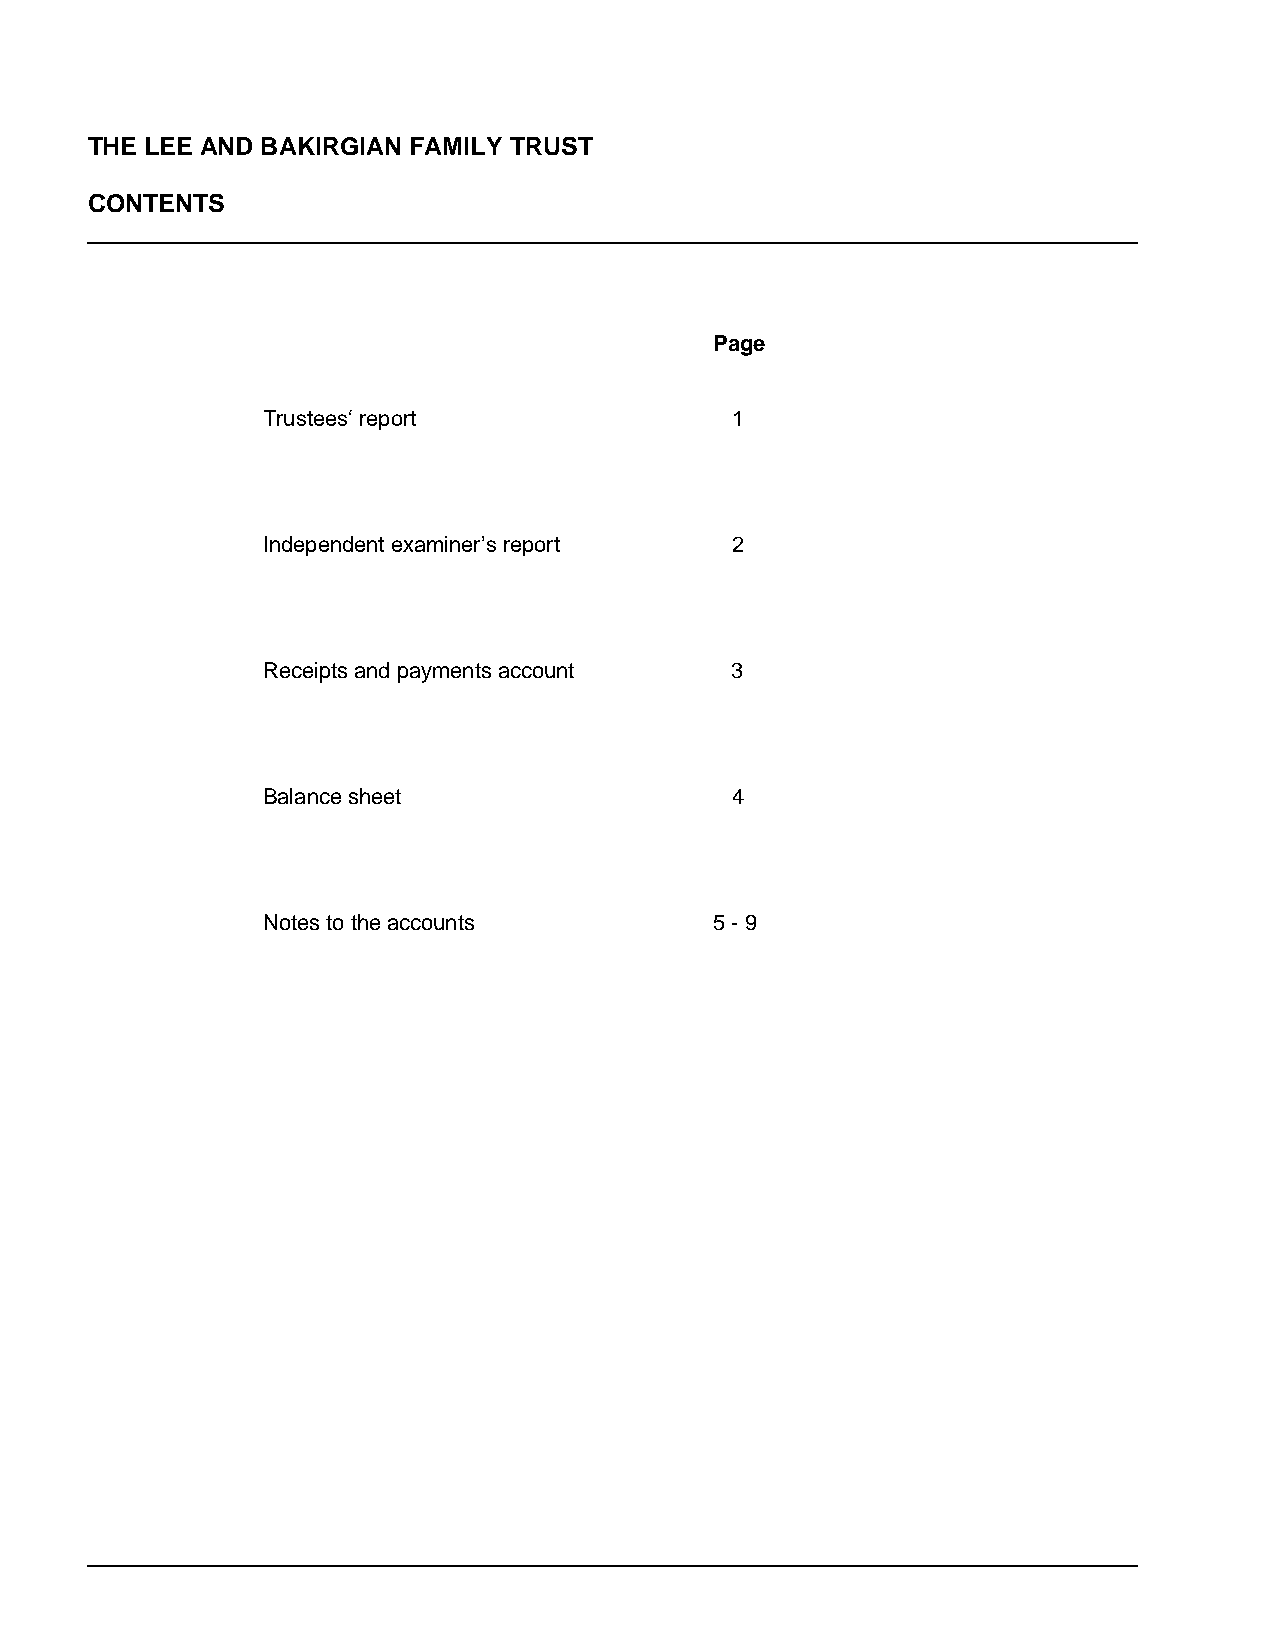
THE LEE AND BAKIRGIAN FAMILY TRUST
 CONTENTS
 Page
 Trustees‘ report               1
 Independent examiner’s report  2
 Receipts and payments account  3
 Balance sheet                  4
 Notes to the accounts         5 - 9